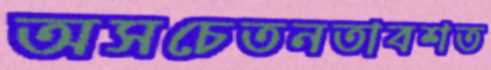
অসচেতনতাবশত